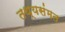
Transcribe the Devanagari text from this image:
तथ्यसंमत